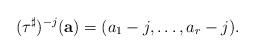
LaTeX: \begin{align*}(\tau^{\sharp})^{-j}(\textbf{a}) = (a_{1} - j, \dots, a_{r} - j).\end{align*}